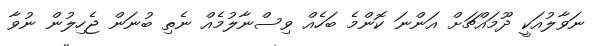
ނަވާލުއަކީ ދޫމައްޗަށް އަންނަ ކޮންމެ ބަހެއް ވިސްނާލުމެއް ނެތި ބުނަން ޖެހިލުން ނުވާ